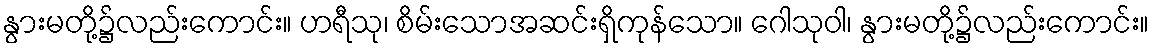
နွားမတို့၌လည်းကောင်း။ ဟရီသု၊ စိမ်းသောအဆင်းရှိကုန်သော။ ဂေါသုဝါ၊ နွားမတို့၌လည်းကောင်း။